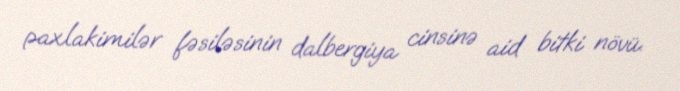
paxlakimilər fəsiləsinin dalbergiya cinsinə aid bitki növü.